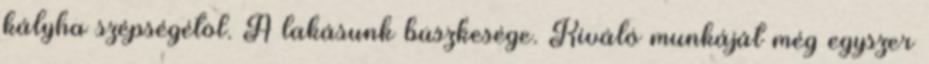
kályha szépségétöl. A lakásunk büszkesége. Kiváló munkáját még egyszer